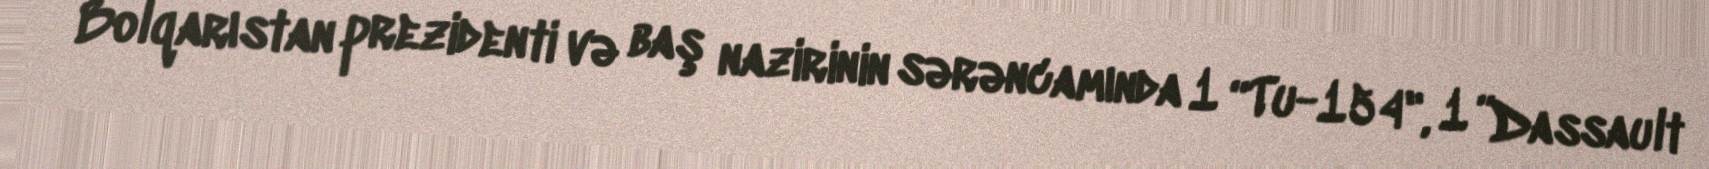
Bolqarıstan prezidenti və baş nazirinin sərəncamında 1 “Tu-154", 1 ”Dassault